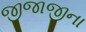
જીજાજીના